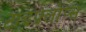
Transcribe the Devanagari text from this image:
टाइफ़्लोप्स